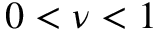
0 < \nu < 1